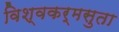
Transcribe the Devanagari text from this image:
विश्वकर्मसुता